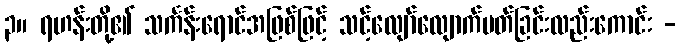
၃။ ရဟန်းတို့၏ သင်္ကန်းရောင်အဖြစ်ဖြင့် သင့်လျော်လျောက်ပတ်ခြင်းလည်းကောင်း -